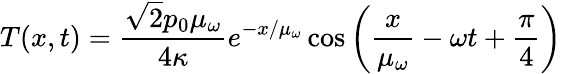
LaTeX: T(x,t)=\frac{\sqrt{2}p_{0}\mu_{\omega}}{4\kappa}e^{-x/\mu_{\omega}}\cos{\left(\frac{x}{\mu_{\omega}}-\omega t+\frac{\pi}{4}\right)}